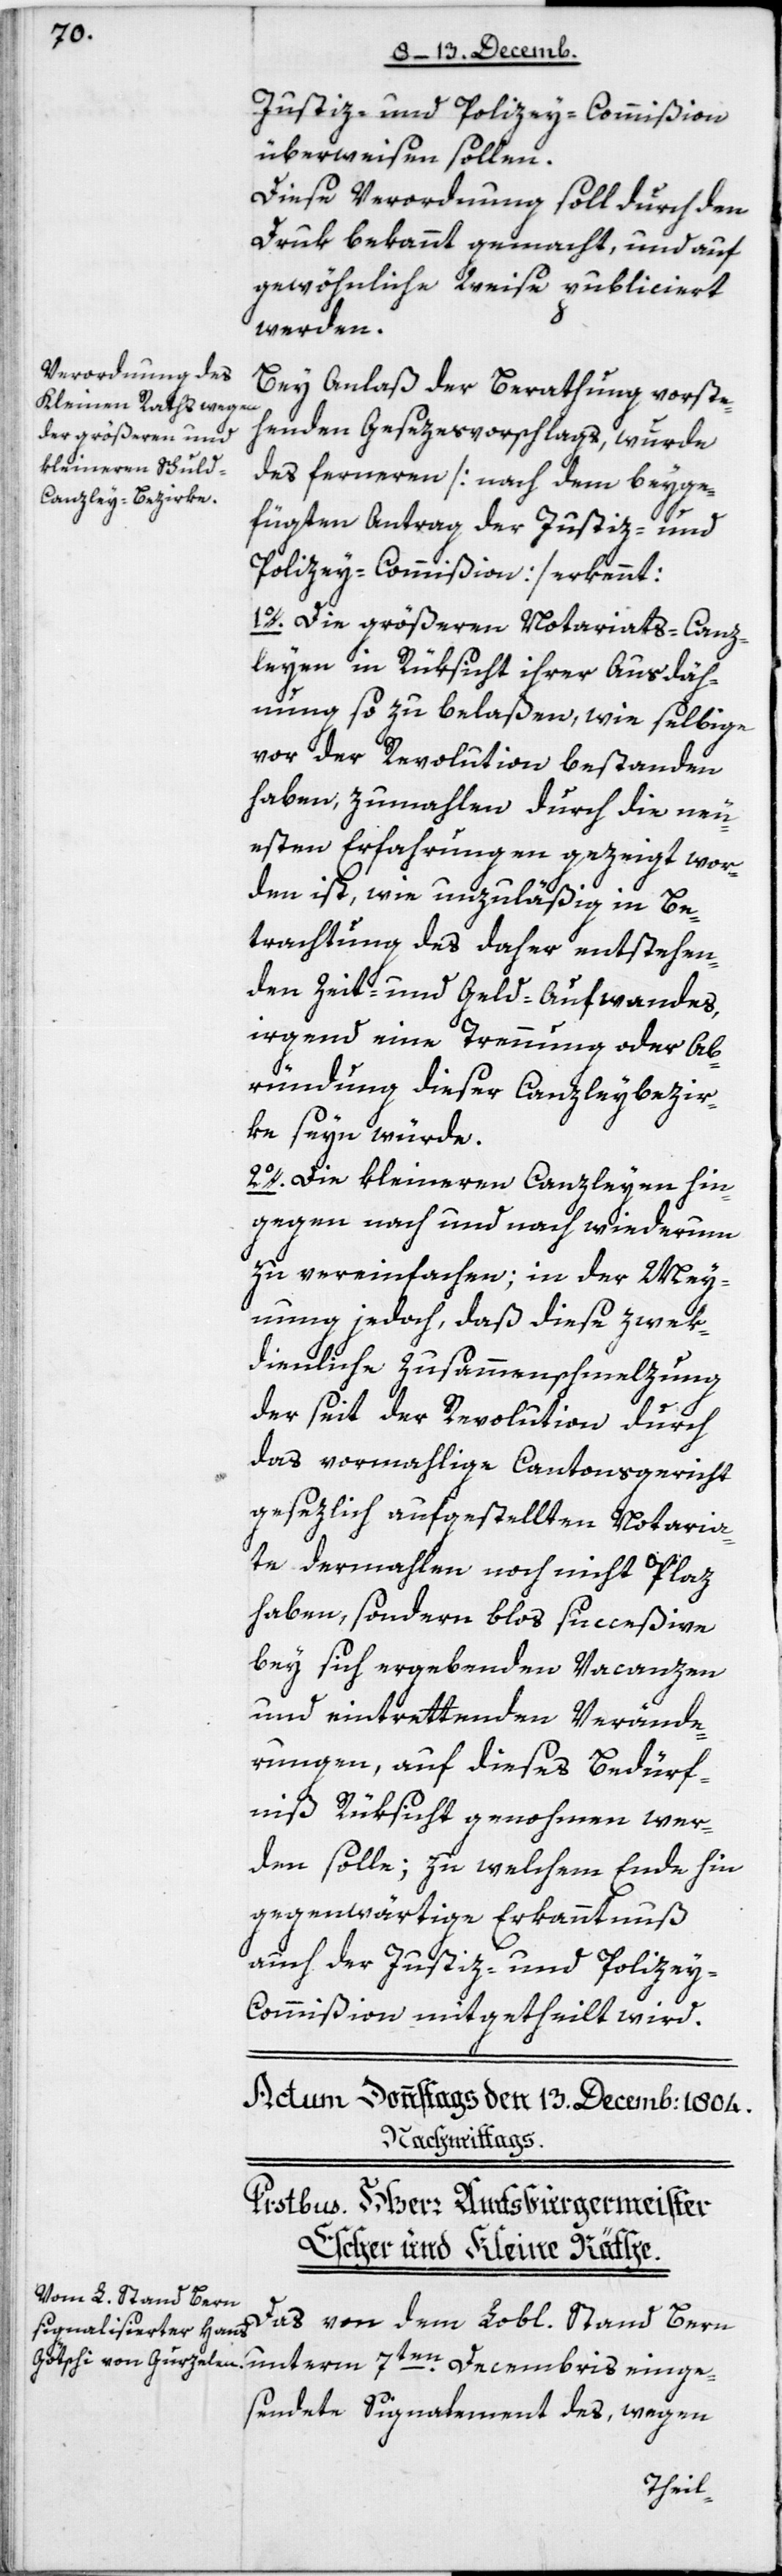
Justiz- und Polizey-Commißion
überweisen sollen.
Diese Verordnung soll durch den
Druk bekannt gemacht, und auf
gewöhnliche Weise publiciert
werden.
Bey Anlaß der Berathung vorste¬
henden Gesezesvorschlags, wurde
des fernern (nach dem beyge¬
fügten Antrag der Justiz- und
Polizey-Commißion) erkennt:
1. Die größeren Notariats-Canz¬
leyen in Rüksicht ihrer Ausdäh¬
nung so zu belaßen, wie selbige
vor der Revolution bestanden
haben, zumahlen durch die neu¬
esten Erfahrungen gezeigt wor¬
den ist, wie unzuläßig in Be¬
trachtung des daher entstehen¬
den Zeit- und Geld-Aufwandes,
irgend eine Trennung oder Ab¬
änderung dieser Canzleybezir¬
ke seyn würde.
2. Die kleineren Canzleyen hin¬
gegen nach und nach wiederum
zu vereinfachen; in der Mey¬
nung jedoch, daß diese zwek¬
dienliche Zusammenschmelzung
der seit der Revolution durch
das vormahlige Cantonsgericht
gesezlich aufgestellten Notaria¬
te dermahlen noch nicht Plaz
haben, sondern blos succeßive
bey sich ergebenden Vacanzen
und eintrettenden Verände¬
rungen, auf dieses Bedürf¬
niß Rüksicht genohmen wer¬
den solle; zu welchem Ende hin
gegenwärtige Erkanntnuß
auch der Justiz- und Polize¬
y-Commißion mitgetheilt wird.
Decembris einge¬
Das von den Lobl. Stand Bern
sendete Signalement des, wegen